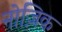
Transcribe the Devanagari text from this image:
नोज़िक